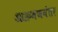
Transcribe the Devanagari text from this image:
आक्रमणनंतर